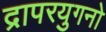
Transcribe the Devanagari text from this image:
द्रापरयुगनो